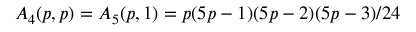
A _ { 4 } ( p , p ) = A _ { 5 } ( p , 1 ) = p ( 5 p - 1 ) ( 5 p - 2 ) ( 5 p - 3 ) / 2 4